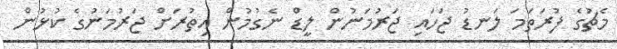
މެޗުގެ ފުރަތަމަ ލަނޑު ޖަހައި ޖަރުމަނުން ލީޑް ނެގުމުން އިތުރަށް ޖަރުމަނުގެ ކުޅުން